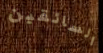
السائقين